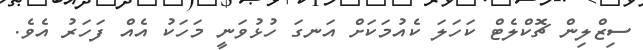
ސިޒްލިން ޗޮކްލެޓް ކަހަލަ ކެއުމަކަށް އަނގަ ހުޅުވަނީ މަހަކު އެއް ފަހަރު އެވެ.